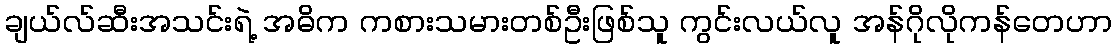
ချယ်လ်ဆီးအသင်းရဲ့ အဓိက ကစားသမားတစ်ဦးဖြစ်သူ ကွင်းလယ်လူ အန်ဂိုလိုကန်တေဟာ